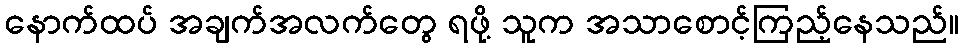
နောက်ထပ် အချက်အလက်တွေ ရဖို့ သူက အသာစောင့်ကြည့်နေသည်။